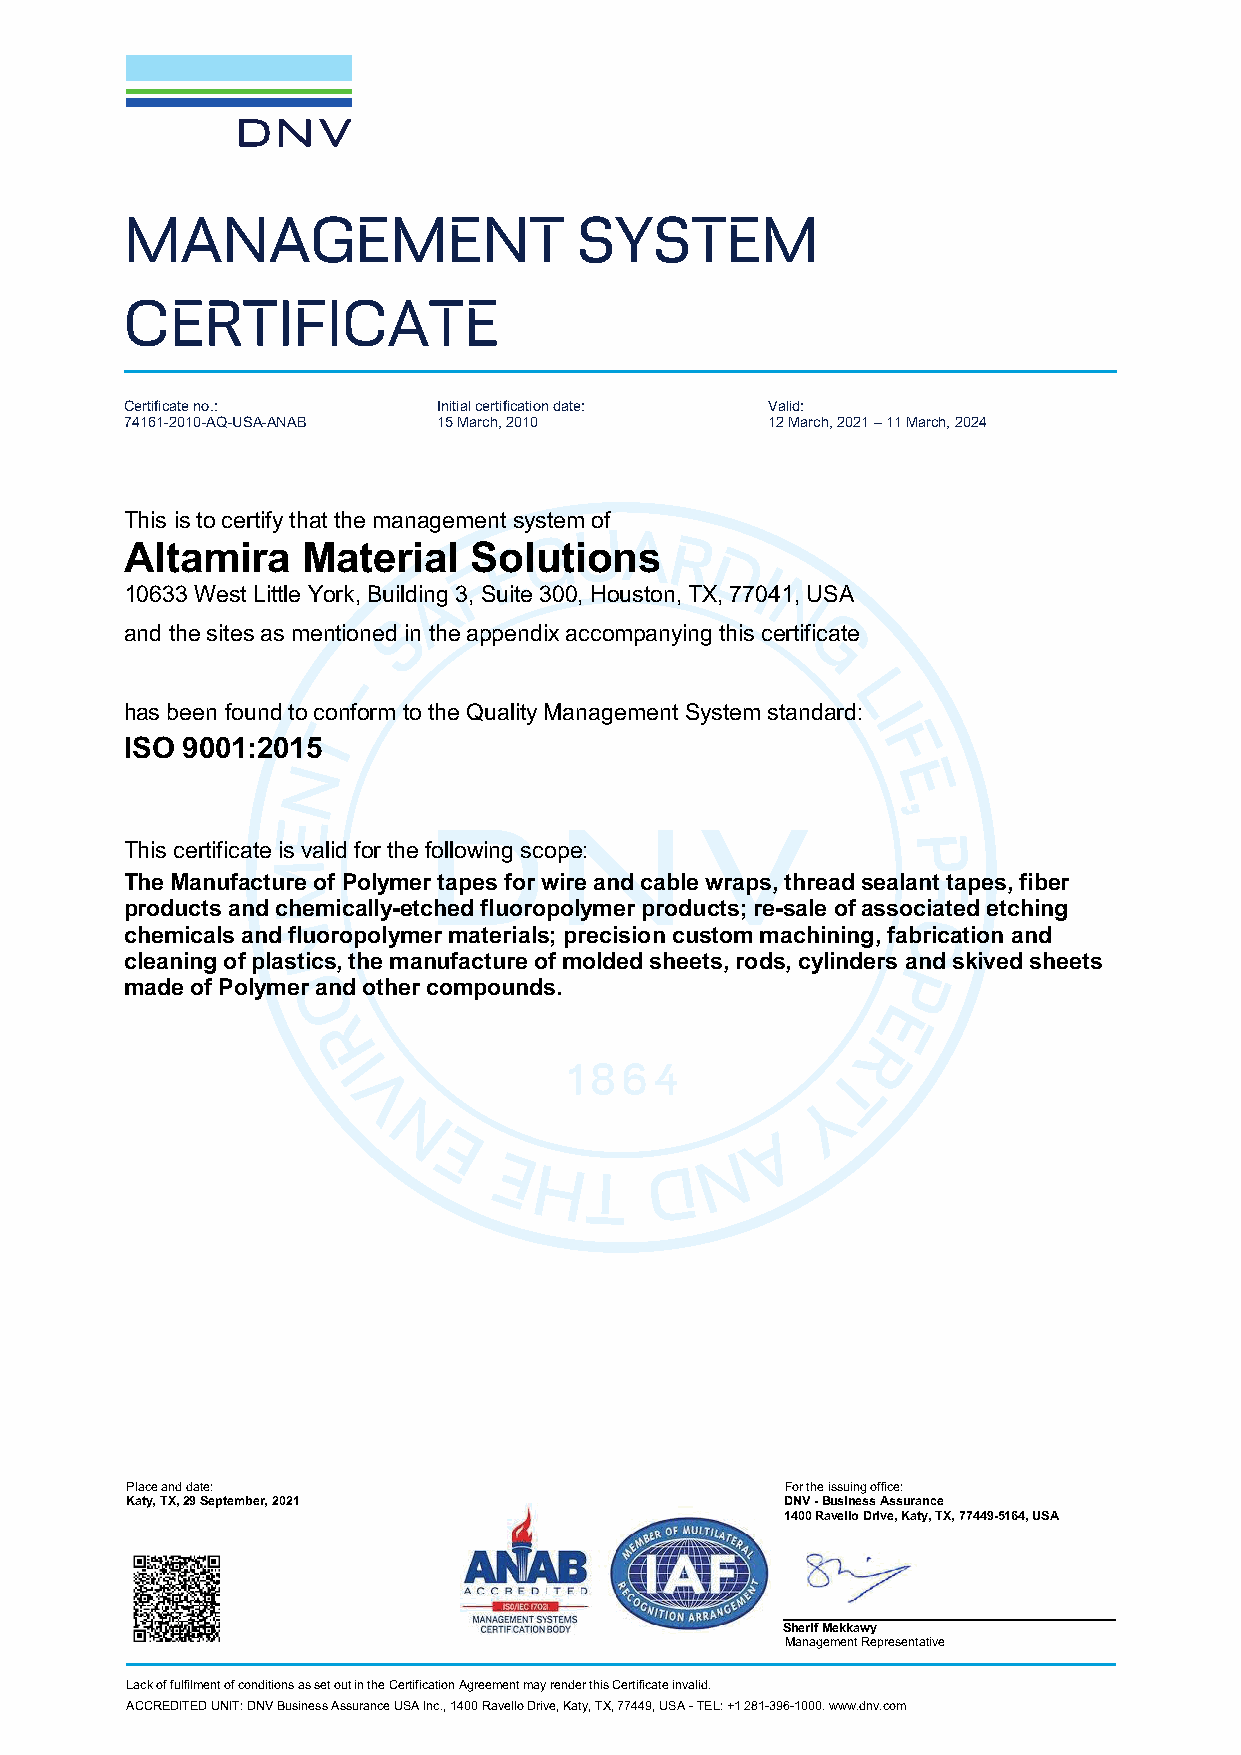
MANAGEMENT                    SYSTEM
 CERTIFICATE
 Certificate no.:     Initial certification date: Valid:
 74161 -2010 -AQ-USA -ANAB 15 March, 2010   12 March, 2021 – 11 March, 2024
 This is to certify that the management system of
 Altamira    Material   Solutions
 10633 West Little York, Building 3, Suite 300, Houston, TX, 77041, USA
 and the sites as mentioned in the appendix accompanying this certificate
 has been found to conform to the Quality Management System standard:
 ISO 9001:2015
 This certificate is valid for the following scope:
 The Manufacture of Polymer tapes for wire and cable wraps, thread sealant tapes, fiber
 products and chemically-etched fluoropolymer products; re-sale of associated etching
 chemicals and fluoropolymer materials; precision custom machining, fabrication and
 cleaning of plastics, the manufacture of molded sheets, rods, cylinders and skived sheets
 made of Polymer and other compounds.
 Place and date:                             For the issuing office:
 Katy, TX, 29 September, 2021                DNV - Business Assurance
 1400 Ravello Drive, Katy, TX, 77449-5164, USA
 Sherif Mekkawy
 Management Representative
 Lack of fulfilment of conditions as set out in the Certification Agreement may render this Certificate invalid.
 ACCREDITED UNIT: DNV Business Assurance USA Inc. , 1400 Ravello Drive, Katy, TX, 77449, USA - TEL: +1 281 -396-1000. www.dnv.com